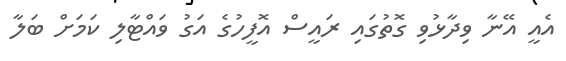
އެއީ އޭނާ ވިދާޅުވި ގޮތުގައި ރައީސް އޮފީހުގެ އަގު ވައްޓާލި ކަމަށް ބަލާ